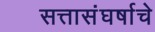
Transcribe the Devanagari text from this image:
सत्तासंघर्षाचे